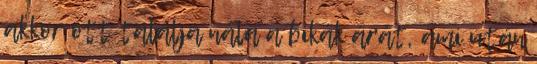
akkor ott találja nála a bikák árát, ami után